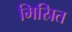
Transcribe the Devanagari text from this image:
मिस्रित